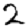
Digit: 2